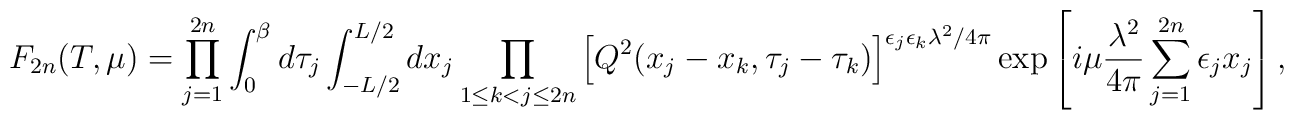
F_{2n} (T,\mu)=\prod_{j=1}^{2n}\int_0^\beta d\tau_j  \int_{-L/2}^{L/2}dx_j \prod_{1 \leq k < j \leq 2n}\left[  Q^2(x_j-x_k,\tau_j-\tau_k) \right]^{\epsilon_j\epsilon_k\lambda^2/4\pi}\exp\left[i\mu\frac{\lambda^2}{4\pi}\sum_{j=1}^{2n}\epsilon_jx_j\right],